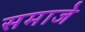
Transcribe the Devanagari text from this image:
समाजे